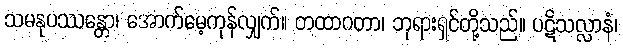
သမနုပဿန္တော၊ အောက်မေ့ကုန်လျှက်။ တထာဂတာ၊ ဘုရားရှင်တို့သည်။ ပဋိသလ္လာနံ၊